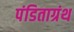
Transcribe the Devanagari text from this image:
पंडिताग्रंथ